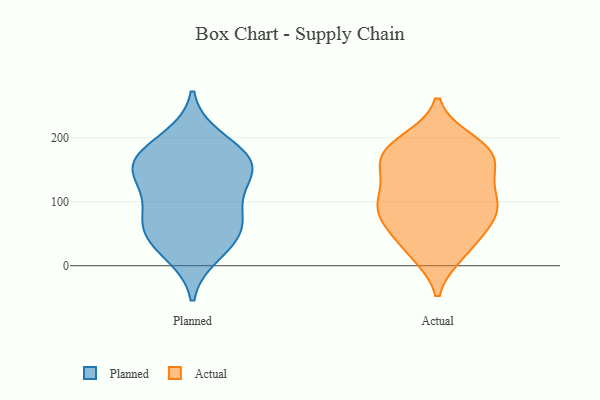
{"axis": {"x": "Operating Costs (USD K)", "y": "Value"}, "legend": ["Actual", "Planned"], "data": [{"x": "", "y": 153, "type": "Planned"}, {"x": "", "y": 198, "type": "Planned"}, {"x": "", "y": 176, "type": "Planned"}, {"x": "", "y": 132, "type": "Planned"}, {"x": "", "y": 166, "type": "Planned"}, {"x": "", "y": 39, "type": "Planned"}, {"x": "", "y": 84, "type": "Planned"}, {"x": "", "y": 20, "type": "Planned"}, {"x": "", "y": 47, "type": "Planned"}, {"x": "", "y": 67, "type": "Planned"}, {"x": "", "y": 81, "type": "Planned"}, {"x": "", "y": 155, "type": "Planned"}, {"x": "", "y": 143, "type": "Planned"}, {"x": "", "y": 95, "type": "Actual"}, {"x": "", "y": 110, "type": "Actual"}, {"x": "", "y": 178, "type": "Actual"}, {"x": "", "y": 155, "type": "Actual"}, {"x": "", "y": 177, "type": "Actual"}, {"x": "", "y": 22, "type": "Actual"}, {"x": "", "y": 104, "type": "Actual"}, {"x": "", "y": 188, "type": "Actual"}, {"x": "", "y": 20, "type": "Actual"}, {"x": "", "y": 33, "type": "Actual"}, {"x": "", "y": 175, "type": "Actual"}, {"x": "", "y": 81, "type": "Actual"}, {"x": "", "y": 72, "type": "Actual"}, {"x": "", "y": 143, "type": "Actual"}, {"x": "", "y": 157, "type": "Actual"}, {"x": "", "y": 71, "type": "Actual"}, {"x": "", "y": 194, "type": "Actual"}, {"x": "", "y": 71, "type": "Actual"}, {"x": "", "y": 108, "type": "Actual"}]}